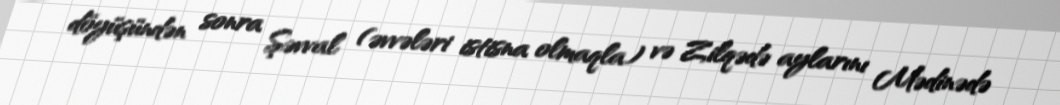
döyüşündən sonra Şəvval (əvvələri istisna olmaqla) və Zilqədə aylarını Mədinədə